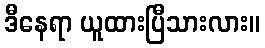
ဒီနေရာ ယူထားပြီသားလား။